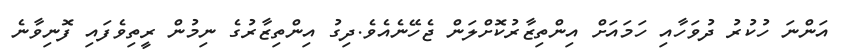
އަންނަ ހުކުރު ދުވަހާއި ހަމަައަށް އިންތިޒާރުކޮށްލަން ޖެހޭނެއެވެ.ދިގު އިންތިޒާރުގެ ނިމުން ރީތިވެފައި ފޮނިވާނެ